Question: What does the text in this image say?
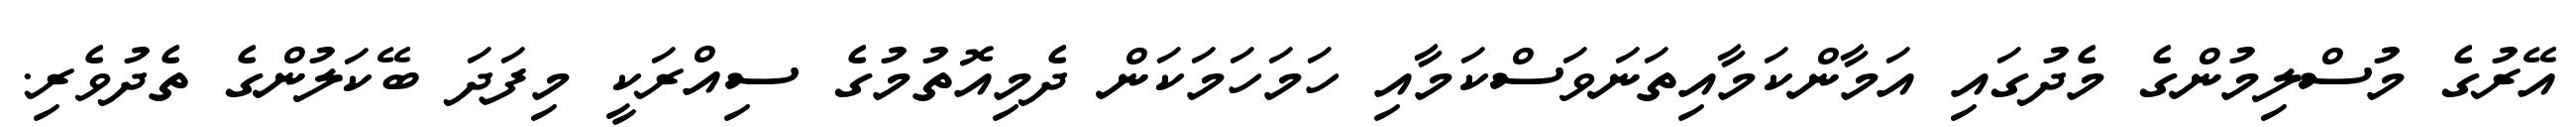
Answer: އޭރުގެ މުސްލިމުންގެ މެދުގައި އަމާންކަމާއިތަނަވަސްކަމާއި ހަމަހަމަކަން ދެމިއޮތުމުގެ ސިއްރަކީ މިފަދަ ބޭކަލުންގެ ތެދުވެރި.